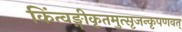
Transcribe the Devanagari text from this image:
किंत्वङ्गीकृतमुत्सृजन्कृपणवत्